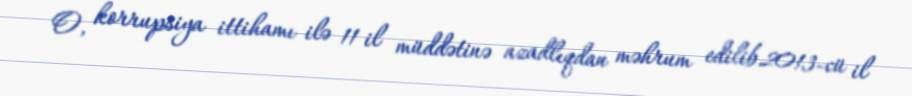
O, korrupsiya ittihamı ilə 11 il müddətinə azadlıqdan məhrum edilib.2013-cü il